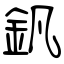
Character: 釩